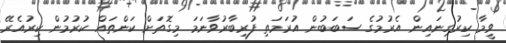
ވީމާ ކިރުގިނައިން އެރުމުގެ ސަބަބުން އުރަމަތި ފުރިބާރުވާނަމަ މިގޮތަށް ކަންތައް ކުރުމުން ކިރުއެރޭ